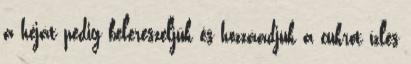
a héját pedig belereszeljük és hozzáadjuk a cukrot ízlés